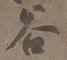
谷